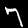
Digit: 7